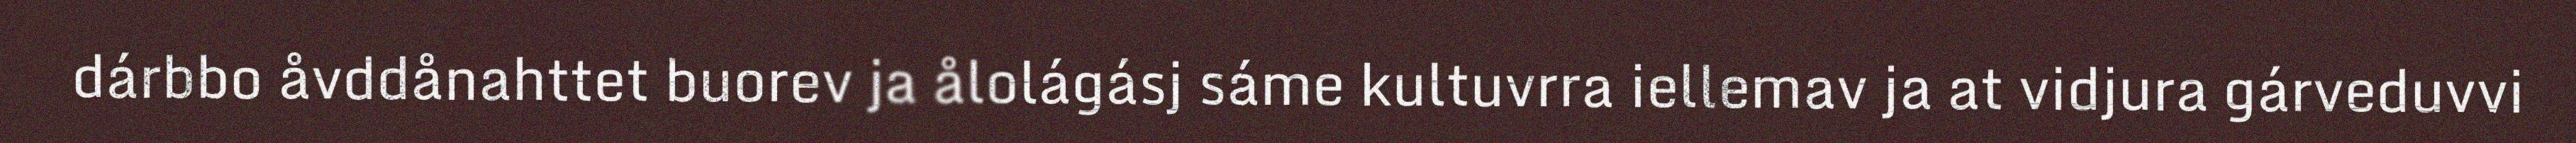
dárbbo åvddånahttet buorev ja ålolágásj sáme kultuvrra iellemav ja at vidjura gárveduvvi